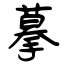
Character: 摹